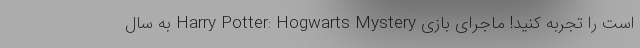
است را تجربه کنید! ماجرای بازی Harry Potter: Hogwarts Mystery به سال